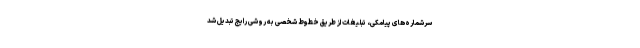
سرشماره‌های پیامکی، تبلیغات از طریق خطوط شخصی به روشی رایج تبدیل شد